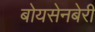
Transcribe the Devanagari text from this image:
बोयसेनबेरी